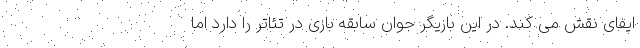
ایفای نقش می کند. در این بازیگر جوان سابقه بازی در تئاتر را دارد اما